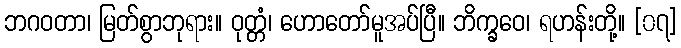
ဘဂဝတာ၊ မြတ်စွာဘုရား။ ဝုတ္တံ၊ ဟောတော်မူအပ်ပြီ။ ဘိက္ခဝေ၊ ရဟန်းတို့။ [၀၇]